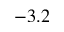
- 3 . 2